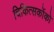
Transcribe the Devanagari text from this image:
चिकित्सकोंको